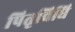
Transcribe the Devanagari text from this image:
पितृविधि